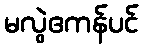
မလွဲဧကန်ပင်